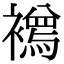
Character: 𧞌